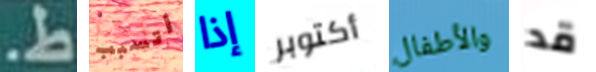
ط. أتسبب إذا أكتوبر والأطفال قد